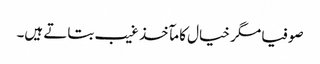
صوفیا مگر خیال کا مآخذ غیب بتاتے ہیں۔